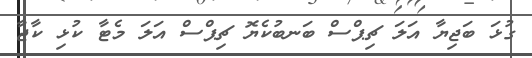
ގުޅަ ބަޖިޔާ އަލަ ޗިޕްސް ބަނބުކެޔޮ ޗިޕްސް އަލަ މެޓާ ކުޅި ކާޖާ